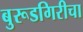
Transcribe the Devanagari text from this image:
बुरूडगिरीचा